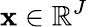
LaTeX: \mathbf{x}\in\mathbb{R}^{J}